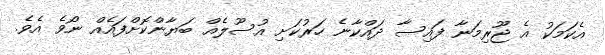
އެކަމަކު އެ ޖޫރިމަނާ ފައިސާ ދައްކާނެ ހަރުކަށި އުސޫލެއް ބަޔާންކޮށްފައެއް ނޯވެ އެވެ.